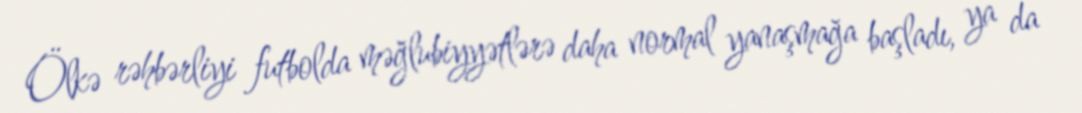
Ölkə rəhbərliyi futbolda məğlubiyyətlərə daha normal yanaşmağa başladı, ya da